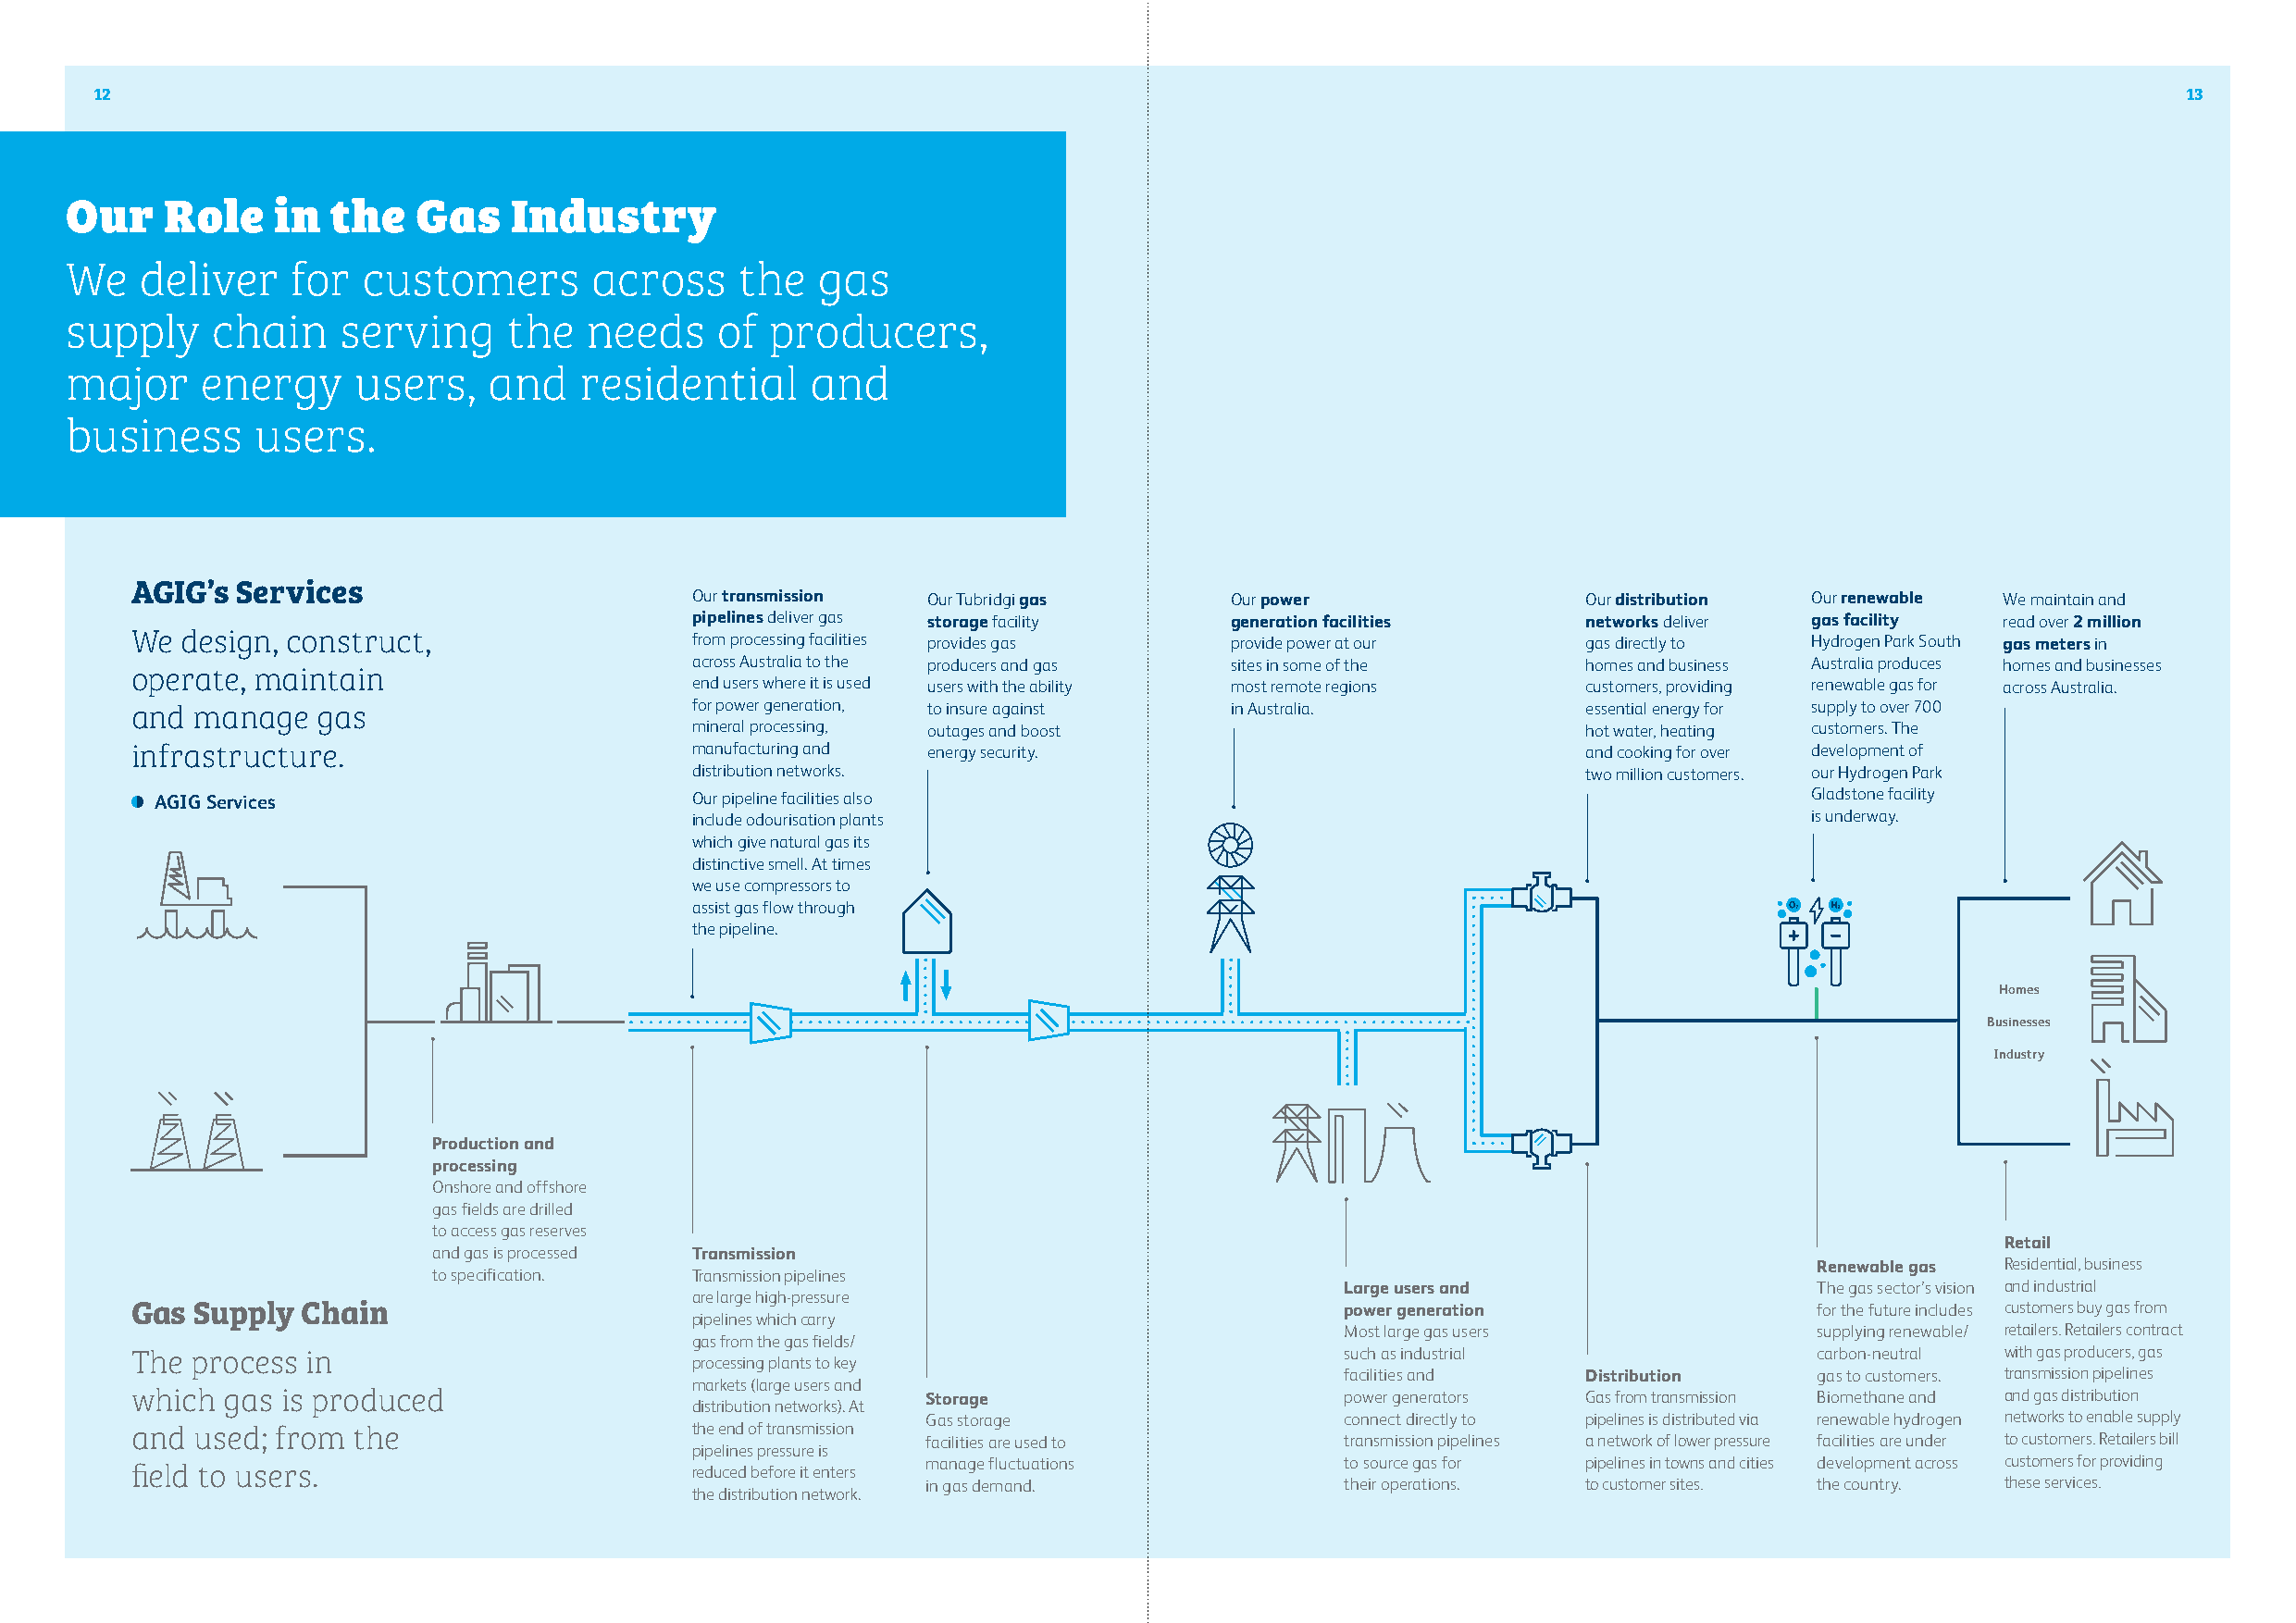
12                                                                                                                                                   13
 Our    Role    in  the   Gas    Industry
 We   deliver    for  customers       across     the  gas
 supply    chain    serving     the   needs    of  producers,
 major    energy     users,    and   residential      and
 business     users.
 AGIG’s  Services
 Our transmission Our Tubridgi gas      Our power                Our distribution Our renewable We maintain and
 pipelines deliver gas storage facility generation facilities    networks deliver gas facility read over 2 million
 We  design, construct,                  from processing facilities provides gas provide power at our    gas directly to  Hydrogen Park South gas meters in
 across Australia to the producers and gas sites in some of the  homes and business Australia produces homes and businesses
 operate, maintain
 end users where it is used users with the ability most remote regions customers, providing renewable gas for across Australia.
 and  manage   gas                       for power generation, to insure against in Australia.           essential energy for supply to over 700
 mineral processing, outages and boost                           hot water, heating customers. The
 infrastructure.                         manufacturing and energy security.                              and cooking for over development of
 distribution networks.                                          two million customers. our Hydrogen Park
 AGIG Services                         Our pipeline facilities also                                                     Gladstone facility
 include odourisation plants                                                      is underway.
 which give natural gas its
 distinctive smell. At times
 we use compressors to
 assist gas flow through
 the pipeline.
 Homes
 Businesses
 Industry
 Production and
 processing
 Onshore and offshore
 gas fields are drilled
 to access gas reserves
 Retail
 and gas is processed Transmission
 Renewable gas Residential, business
 to specification. Transmission pipelines
 Large users and                   The gas sector’s vision and industrial
 are large high-pressure
 Gas  Supply  Chain                                                                     power generation                  for the future includes customers buy gas from
 pipelines which carry
 Most large gas users              supplying renewable/ retailers. Retailers contract
 gas from the gas fields/
 The  process in                                                                        such as industrial                carbon-neutral with gas producers, gas
 processing plants to key
 facilities and   Distribution     gas to customers. transmission pipelines
 markets (large users and
 which  gas is produced                                   Storage                       power generators Gas from transmission Biomethane and and gas distribution
 distribution networks). At
 Gas storage                   connect directly to pipelines is distributed via renewable hydrogen networks to enable supply
 and  used; from the                     the end of transmission facilities are used to transmission pipelines a network of lower pressure facilities are under to customers. Retailers bill
 pipelines pressure is
 manage fluctuations           to source gas for pipelines in towns and cities development across customers for providing
 field to users.                         reduced before it enters
 in gas demand.                their operations. to customer sites. the country. these services.
 the distribution network.